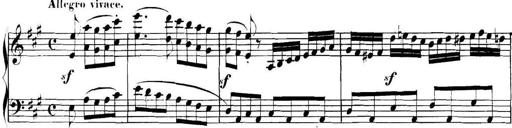
Title: Collected Piano Sonatas
Composer: Muzio Clementi